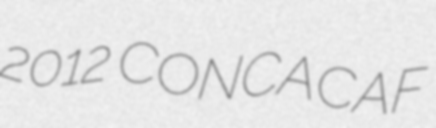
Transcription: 2012 CONCACAF